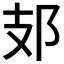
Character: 𨙸